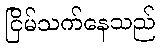
ငြိမ်သက်နေသည်